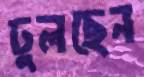
ঢুলছেন